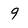
Character: 9